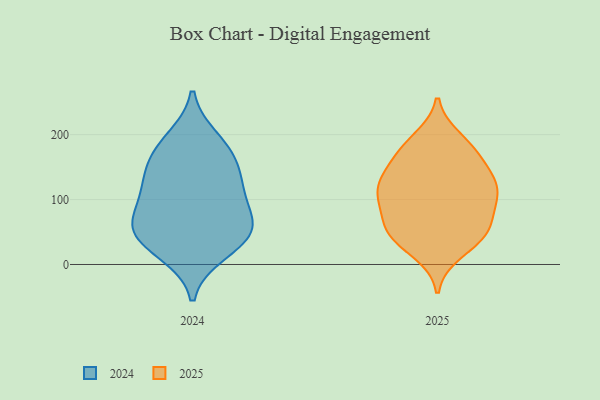
{"axis": {"x": "Bounce Rate (%)", "y": "Value"}, "legend": ["2024", "2025"], "data": [{"x": "", "y": 192, "type": "2024"}, {"x": "", "y": 68, "type": "2024"}, {"x": "", "y": 169, "type": "2024"}, {"x": "", "y": 116, "type": "2024"}, {"x": "", "y": 119, "type": "2024"}, {"x": "", "y": 35, "type": "2024"}, {"x": "", "y": 168, "type": "2024"}, {"x": "", "y": 53, "type": "2024"}, {"x": "", "y": 125, "type": "2024"}, {"x": "", "y": 19, "type": "2024"}, {"x": "", "y": 64, "type": "2024"}, {"x": "", "y": 53, "type": "2024"}, {"x": "", "y": 118, "type": "2025"}, {"x": "", "y": 124, "type": "2025"}, {"x": "", "y": 101, "type": "2025"}, {"x": "", "y": 193, "type": "2025"}, {"x": "", "y": 170, "type": "2025"}, {"x": "", "y": 48, "type": "2025"}, {"x": "", "y": 182, "type": "2025"}, {"x": "", "y": 112, "type": "2025"}, {"x": "", "y": 129, "type": "2025"}, {"x": "", "y": 65, "type": "2025"}, {"x": "", "y": 103, "type": "2025"}, {"x": "", "y": 140, "type": "2025"}, {"x": "", "y": 51, "type": "2025"}, {"x": "", "y": 19, "type": "2025"}, {"x": "", "y": 46, "type": "2025"}, {"x": "", "y": 166, "type": "2025"}, {"x": "", "y": 82, "type": "2025"}, {"x": "", "y": 42, "type": "2025"}]}